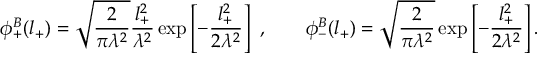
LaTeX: \phi _ { + } ^ { B } ( l _ { + } ) = \sqrt { \frac { 2 } { \pi \lambda ^ { 2 } } } \frac { l _ { + } ^ { 2 } } { \lambda ^ { 2 } } \exp \left[ - \frac { l _ { + } ^ { 2 } } { 2 \lambda ^ { 2 } } \right] \ , \qquad \phi _ { - } ^ { B } ( l _ { + } ) = \sqrt { \frac { 2 } { \pi \lambda ^ { 2 } } } \exp \left[ - \frac { l _ { + } ^ { 2 } } { 2 \lambda ^ { 2 } } \right] .